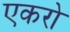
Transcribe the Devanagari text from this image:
एकरो